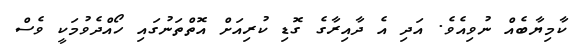
ކާމިޔާބެއް ނުވިއެވެ. އަދި އެ ދާއިރާގެ ގޮޑި ކުރިއަށް އޮތްތަނުގައި ހޯއްދެވުމަކީ ވެސް